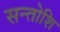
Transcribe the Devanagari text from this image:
सन्तोशि